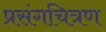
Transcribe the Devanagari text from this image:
प्रसंगचित्रण